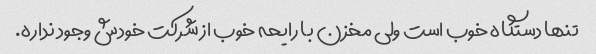
تنها دستگاه خوب است ولی مخزن با رایحه خوب از شرکت خودش وجود نداره.